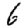
Digit: 6